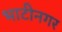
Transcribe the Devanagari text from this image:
भाटीनगर